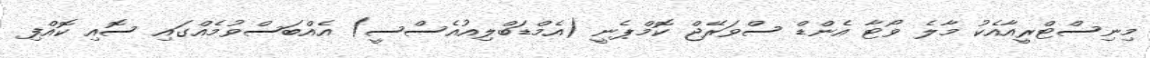
މިނިސްޓްރީއާއެކު މާލެ ވޯޓާ އެންޑް ސްވަރޭޖް ކޮމްޕެނީ (އެމްޑަބްލިއުއެސްސީ) އެއްބަސްވުމެއްގައި ސޮއި ކޮއްފި